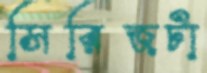
সিরিজটা